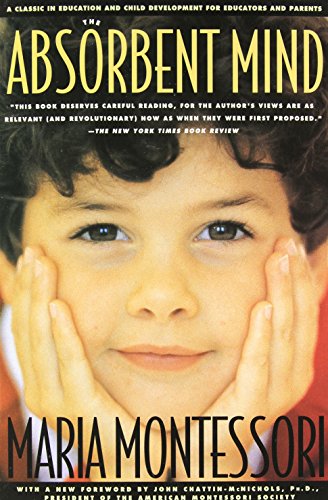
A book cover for The Absorbent Mind; Maria Montessori; Medical Books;